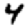
Digit: 4